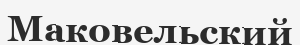
Маковельский